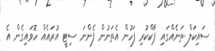
ސައިކަލް ތަނެއްގައި ޕާކްކުރި ފަހުން އެތަނުން ފެންނަ ސިޓީ އުރައެއް ހޮވައިގެން އެ